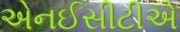
એનઈસીટીએ